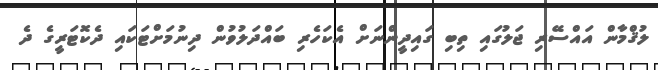
ލުޤްމާން އައްސޭރި ޖަލުގައި ތިބި ގައިދީންނަށް އެކަހެރި ބައްދަލުވުން ދިނުމަށްޓަކައި ދެކޮޓަރީގެ ދެ